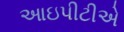
આઇપીટીએ